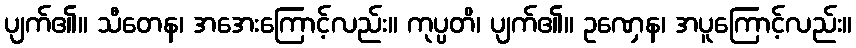
ပျက်၏။ သီတေန၊ အအေးကြောင့်လည်း။ ကုပ္ပတိ၊ ပျက်၏။ ဥဏှေန၊ အပူကြောင့်လည်း။